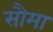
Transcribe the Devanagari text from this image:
सौमा